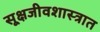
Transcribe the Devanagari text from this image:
सूक्षजीवशास्त्रात